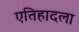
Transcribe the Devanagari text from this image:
एतिहादला